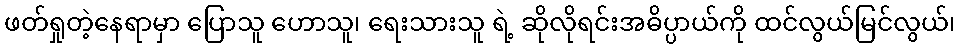
ဖတ်ရှုတဲ့နေရာမှာ ပြောသူ ဟောသူ၊ ရေးသားသူ ရဲ့ ဆိုလိုရင်းအဓိပ္ပာယ်ကို ထင်လွယ်မြင်လွယ်၊